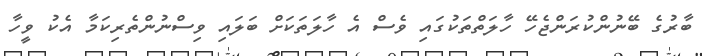
ބާރުގެ ބޭނުންކުރަންޖެހޭ ހާލަތްތަކުގައި ވެސް އެ ހާލަތަކަށް ބަލައި ވިސްނުންތެރިކަމާ އެކު ވީހާ